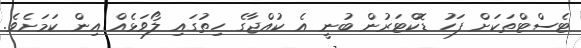
ޓެސްޓްތަކަށް ފަހު ޑޮކްޓަރުން ބުނީ އެ ކުއްޖާގެ ހިތުގައި ލޯވަޅެއް އިން ކަމަށެވެ.